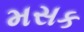
મસક